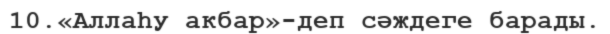
10.«Аллаһу акбар»-деп сәждеге барады.